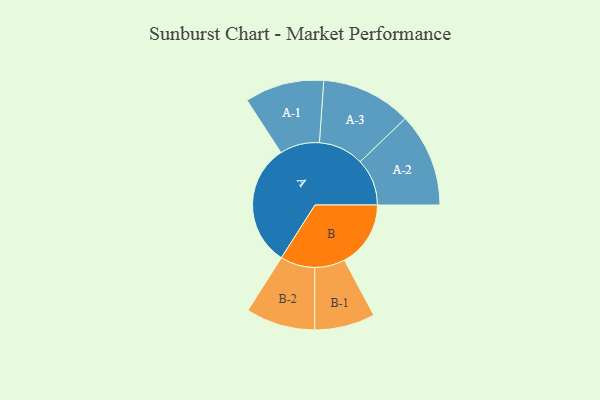
{"axis": {"x": "Segment", "y": "Value"}, "legend": ["", "A", "B"], "data": [{"x": "A", "y": 442, "type": ""}, {"x": "B", "y": 239, "type": ""}, {"x": "A-1", "y": 143, "type": "A"}, {"x": "A-2", "y": 169, "type": "A"}, {"x": "A-3", "y": 163, "type": "A"}, {"x": "B-1", "y": 109, "type": "B"}, {"x": "B-2", "y": 125, "type": "B"}]}